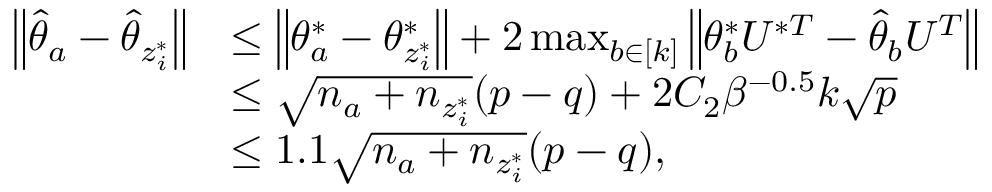
\begin{array} { r l } { \left\| { \hat { \theta } _ { a } - \hat { \theta } _ { z _ { i } ^ { * } } } \right\| } & { \leq \left\| { \theta _ { a } ^ { * } - \theta _ { z _ { i } ^ { * } } ^ { * } } \right\| + 2 \operatorname* { m a x } _ { b \in [ k ] } \left\| { \theta _ { b } ^ { * } U ^ { * T } - \hat { \theta } _ { b } U ^ { T } } \right\| } \\ & { \leq \sqrt { n _ { a } + n _ { z _ { i } ^ { * } } } ( p - q ) + 2 C _ { 2 } \beta ^ { - 0 . 5 } k \sqrt { p } } \\ & { \leq 1 . 1 \sqrt { n _ { a } + n _ { z _ { i } ^ { * } } } ( p - q ) , } \end{array}